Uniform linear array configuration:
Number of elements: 64
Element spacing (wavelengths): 1
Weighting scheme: exponential
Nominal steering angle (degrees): -30
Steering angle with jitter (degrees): -29.751
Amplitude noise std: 0.05
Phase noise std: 0.05

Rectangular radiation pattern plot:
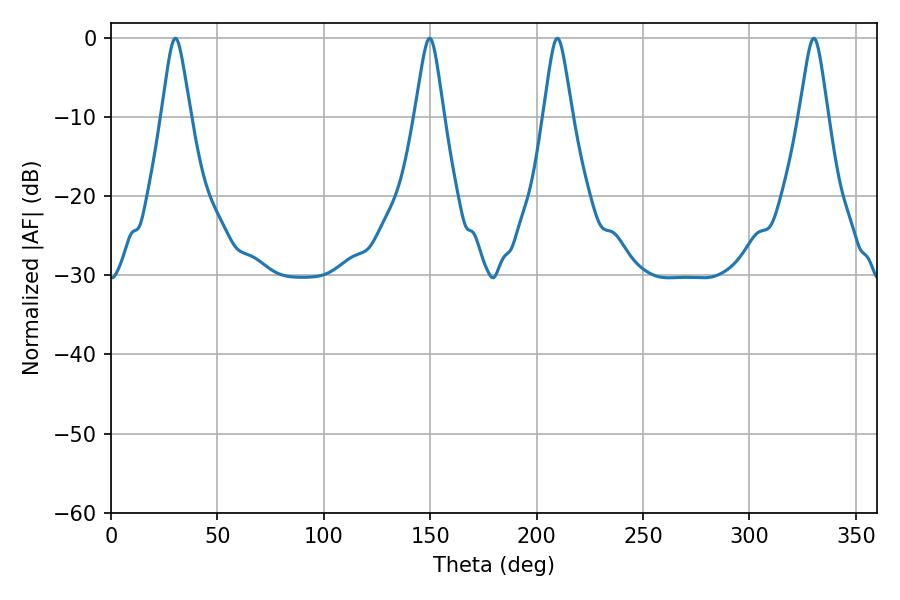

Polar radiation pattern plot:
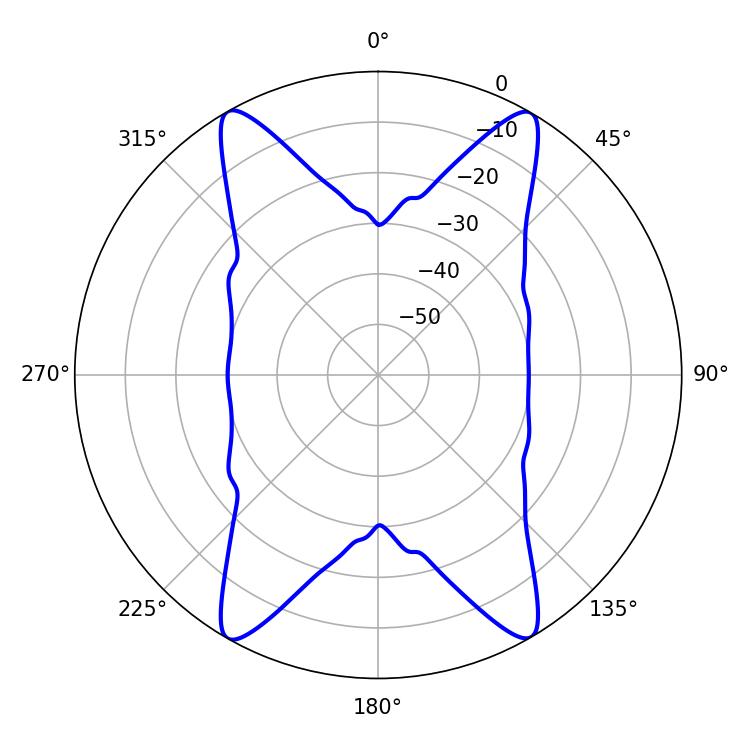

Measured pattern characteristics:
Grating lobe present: TRUE
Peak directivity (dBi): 27.979
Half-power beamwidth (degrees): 6.66
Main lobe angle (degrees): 30.24